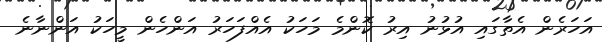
އަހަރެން އެތާގައި އުޅުނު އިރު ކޮންމެ މަހަކު އެއްފަހަރު އަންހެން މީހަކު އަންނާނެ